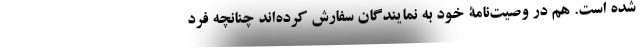
شده است. هم در وصیت‌نامۀ خود به نمایندگان سفارش کرده‌اند چنانچه فرد